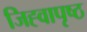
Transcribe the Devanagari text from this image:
जिह्वापृष्ठ